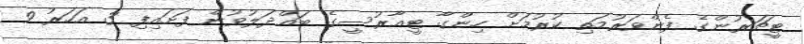
ޓީޗަރުންގެ ފެންވަރުމަތި ކުރުމަށް ހިންގާ ޓީއާރުސީގެ ބައްދަލުވުން ފަށައިފި 3 އަހަރު 9